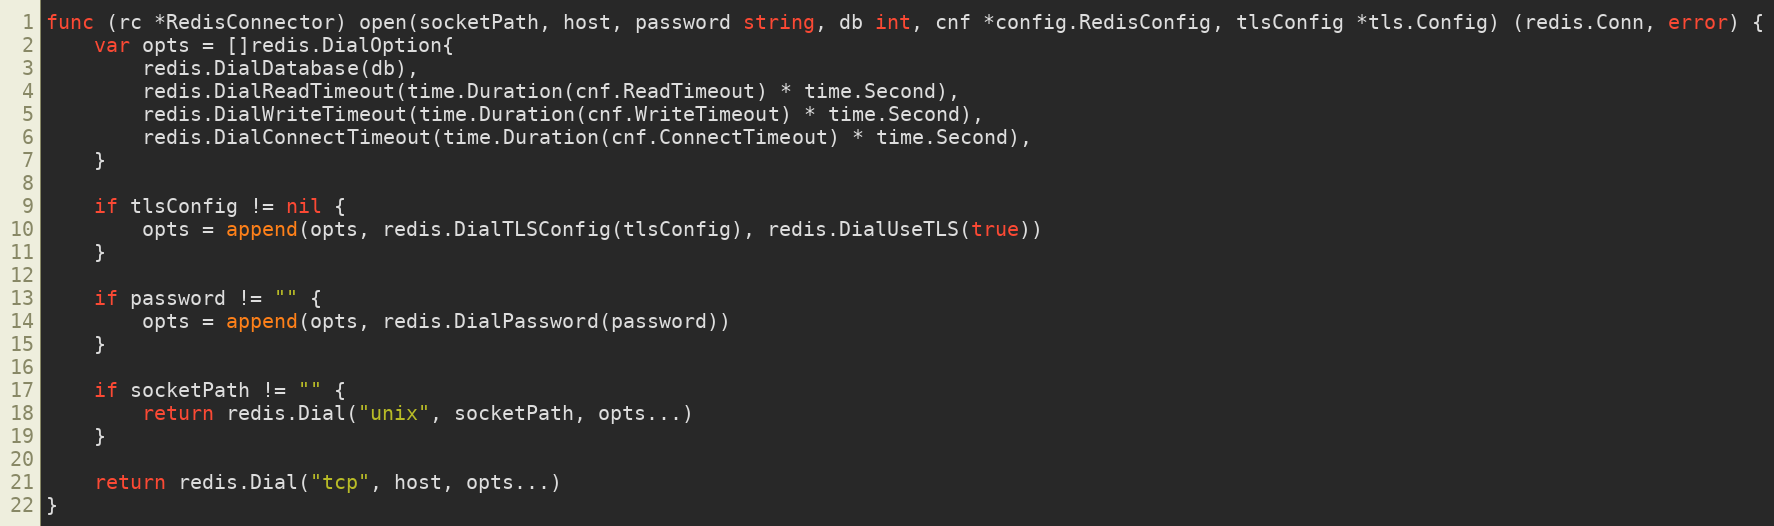
Language: Go
func (rc *RedisConnector) open(socketPath, host, password string, db int, cnf *config.RedisConfig, tlsConfig *tls.Config) (redis.Conn, error) {
	var opts = []redis.DialOption{
		redis.DialDatabase(db),
		redis.DialReadTimeout(time.Duration(cnf.ReadTimeout) * time.Second),
		redis.DialWriteTimeout(time.Duration(cnf.WriteTimeout) * time.Second),
		redis.DialConnectTimeout(time.Duration(cnf.ConnectTimeout) * time.Second),
	}

	if tlsConfig != nil {
		opts = append(opts, redis.DialTLSConfig(tlsConfig), redis.DialUseTLS(true))
	}

	if password != "" {
		opts = append(opts, redis.DialPassword(password))
	}

	if socketPath != "" {
		return redis.Dial("unix", socketPath, opts...)
	}

	return redis.Dial("tcp", host, opts...)
}